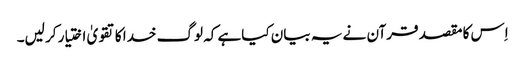
اِس کا مقصد قرآن نے یہ بیان کیاہے کہ لوگ خدا کا تقویٰ اختیار کر لیں۔